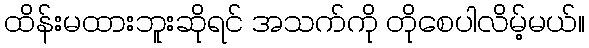
ထိန်းမထားဘူးဆိုရင် အသက်ကို တိုစေပါလိမ့်မယ်။